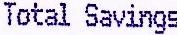
TOTAL SAVINGS